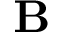
\mathbf { B }